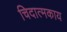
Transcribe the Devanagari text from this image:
चिदात्मकाय